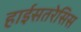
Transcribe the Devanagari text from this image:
हाईसतरेसिस